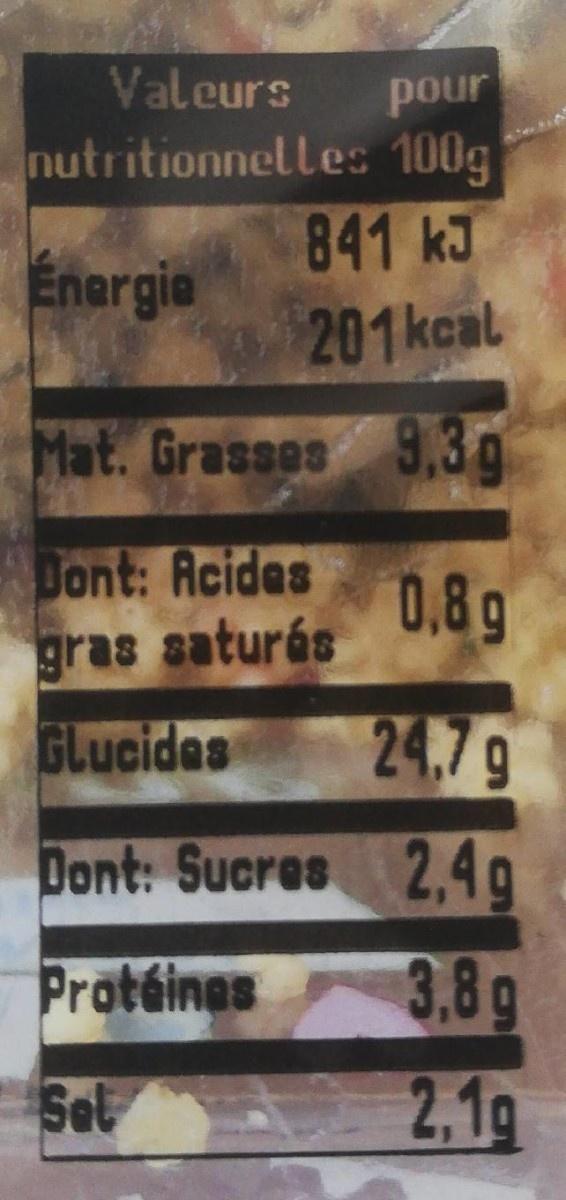
Valeurs
pour
nutritionnelles 100g
Énargie
841 kJ 201kcal
Mat. Grasses 9,3g
Dont: Acides
0.8 g
gras saturés
GLucides
24.7g
2,4g 3.8g
Dont: Sucres
Protéines
Set
2,1g